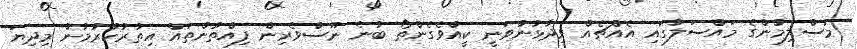
މުސްލިމުންގެ މައްސަލާގައި އެއްޗެއް ވިދާޅުނުވަނީ ކީއްވެގެންތޯ ބުނެ ނޫސްވެރިން ފިއްތުންތައް އިތުރުކުރުމުން މިދިޔަ